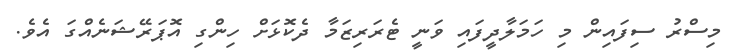
މިސްރު ސިފައިން މި ހަމަލާދީފައި ވަނީ ޓެރަރިޒަމާ ދެކޮޅަށް ހިންގި އޮޕަރޭޝަނެއްގަ އެވެ.